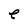
Character: e